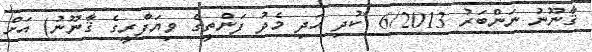
ޤާނޫނު ނަންބަރު 6/2013 (ކުދި އަދި މެދު ފަންތީގެ ވިޔަފާރީގެ ޤާނޫނު) އަށް